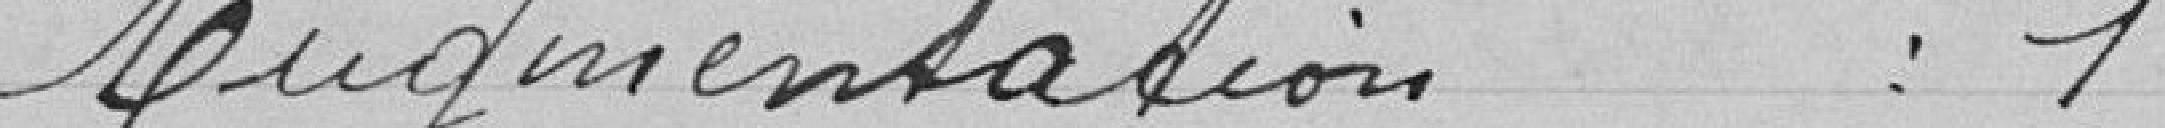
Augmentation : 1